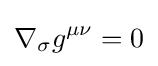
\nabla _{\sigma }g^{\mu \nu }=0